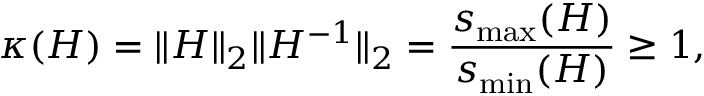
\kappa ( H ) = \| H \| _ { 2 } \| H ^ { - 1 } \| _ { 2 } = \frac { s _ { \operatorname* { m a x } } ( H ) } { s _ { \operatorname* { m i n } } ( H ) } \geq 1 ,